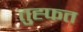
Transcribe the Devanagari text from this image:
तुह्फत